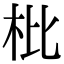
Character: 枇